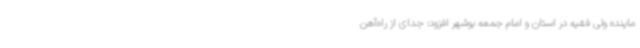
ماینده ولی فقیه در استان و امام جمعه بوشهر افزود: جدای از راه‌آهن